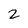
Character: 2